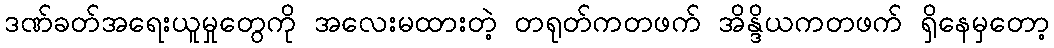
ဒဏ်ခတ်အရေးယူမှုတွေကို အလေးမထားတဲ့ တရုတ်ကတဖက် အိန္ဒိယကတဖက် ရှိနေမှတော့